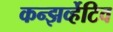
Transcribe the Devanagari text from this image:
कन्झर्व्हेटिव